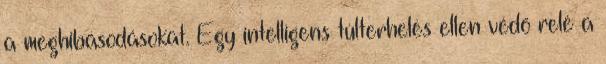
a meghibásodásokat. Egy intelligens túlterhelés ellen védő relé a